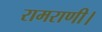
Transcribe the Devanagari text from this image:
रामराणी।